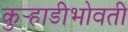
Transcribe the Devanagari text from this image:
कुर्‍हाडीभोवती